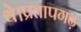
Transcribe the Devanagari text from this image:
थे।प्रतापगढ़